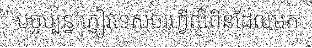
បច្ចុប្បន្ន ភ្ញៀវទេសចរហ្វីលីពីនដែលមក